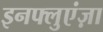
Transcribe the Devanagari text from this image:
इनफ्लुएंज़ा